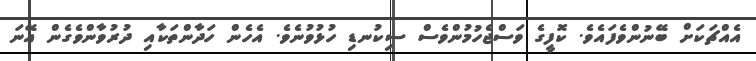
އެއްޗަކަށް ބޭނުންވެފައެވެ. ކޮފީގެ ވަސްޖެހުމުންވެސް ސިކުނޑި ހުޅުވުނެވެ. އެހެން ހަދާންތަކާއި ދުރުވާންވެގެން އޭނަ